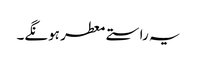
یہ راستے معطر ہونگے۔